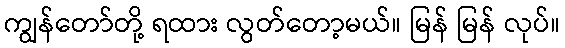
ကျွန်တော်တို့ ရထား လွတ်တော့မယ်။ မြန် မြန် လုပ်။